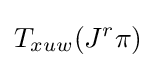
T_{xuw}(J^{r}\pi )